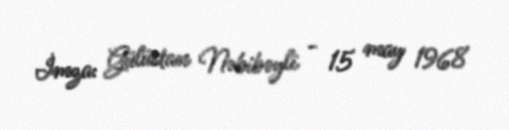
İmza: Gülüstan Nəbibəyli - 15 may 1968